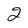
Character: 2